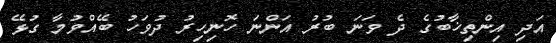
އަދި އިންތިޚާބުގެ ދެ ވަނަ ބުރު އަންނަ ހޮނިހިރު ދުވަހު ބޭއްވުމާ ގުޅޭ